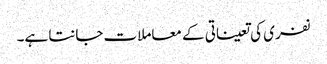
نفری کی تعیناتی کے معاملات جانتا ہے۔